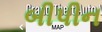
બીપીન